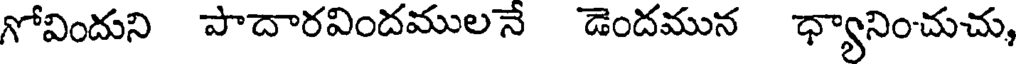
గోవిందుని పాదారవిందములనే డెందమున ధ్యానించుచు,